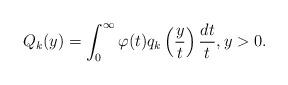
LaTeX: \begin{align*} Q_k(y) = \int_0^{\infty} \varphi(t) q_k \left( \frac{y}{t} \right) \frac{dt}{t}, y > 0. \end{align*}